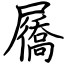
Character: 屩